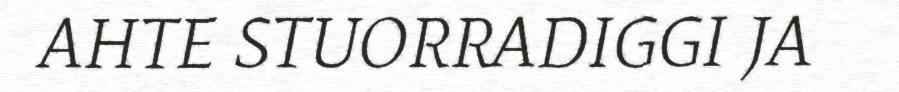
AHTE STUORRADIGGI JA